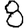
Digit: 8